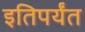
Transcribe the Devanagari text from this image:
इतिपर्यंत